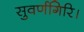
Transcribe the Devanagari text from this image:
सुवर्णगिरि।